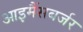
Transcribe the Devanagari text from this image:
आइमैंसबर्जर